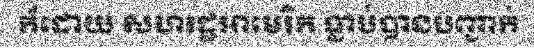
ក៏ដោយ សហរដ្ឋអាមេរិក ធ្លាប់បានបញ្ជាក់